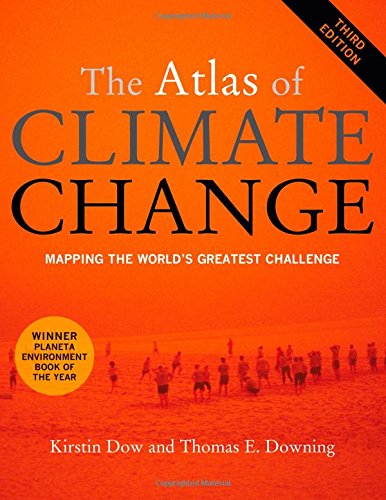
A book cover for The Atlas of Climate Change: Mapping the World's Greatest Challenge; Kirstin Dow; Science & Math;